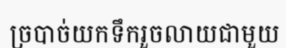
ច្របាច់យកទឹករួចលាយជាមួយ